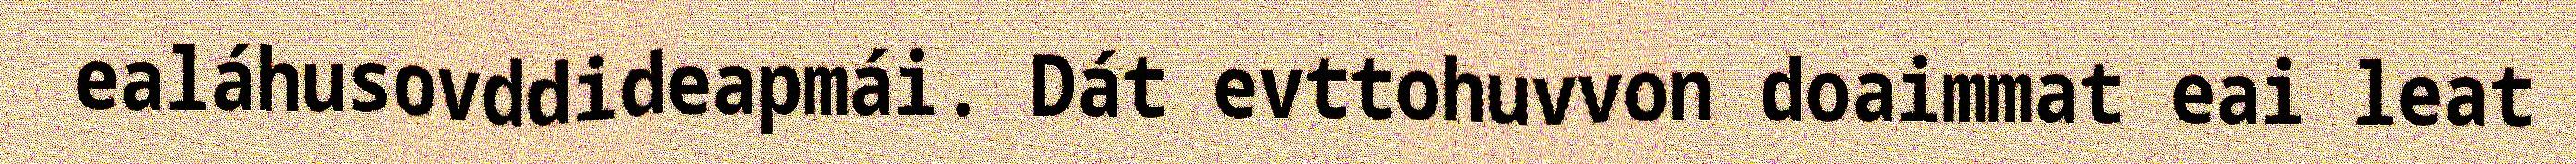
ealáhusovddideapmái. Dát evttohuvvon doaimmat eai leat